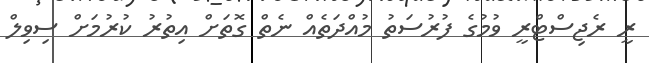
ރީ ރެޖިސްޓްރީ ވުމުގެ ފުރުސަތު މުއްދަތެއް ނެތް ގޮތަށް އިތުރު ކުރުމަށް ސިވިލް